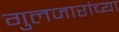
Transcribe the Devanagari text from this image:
गुलजारांच्या